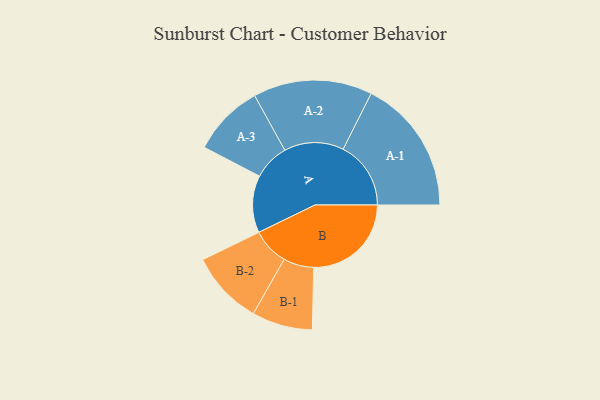
{"axis": {"x": "Segment", "y": "Value"}, "legend": ["", "A", "B"], "data": [{"x": "A", "y": 245, "type": ""}, {"x": "B", "y": 418, "type": ""}, {"x": "A-1", "y": 290, "type": "A"}, {"x": "A-2", "y": 255, "type": "A"}, {"x": "A-3", "y": 154, "type": "A"}, {"x": "B-1", "y": 130, "type": "B"}, {"x": "B-2", "y": 158, "type": "B"}]}